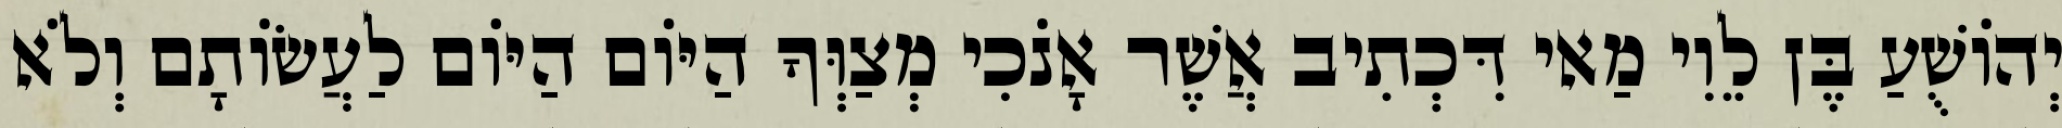
יְהוֹשֻׁעַ בֶּן לֵוִי מַאי דִּכְתִיב אֲשֶׁר אָנֹכִי מְצַוְּךָ הַיּוֹם הַיּוֹם לַעֲשׂוֹתָם וְלֹא